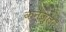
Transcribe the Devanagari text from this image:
कन्जुल